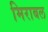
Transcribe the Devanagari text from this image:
मिराबल